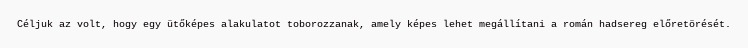
Céljuk az volt, hogy egy ütőképes alakulatot toborozzanak, amely képes lehet megállítani a román hadsereg előretörését.